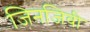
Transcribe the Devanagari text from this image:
जिनजिवी